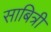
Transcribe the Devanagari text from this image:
साबित्री